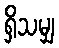
ရှိသမျှ